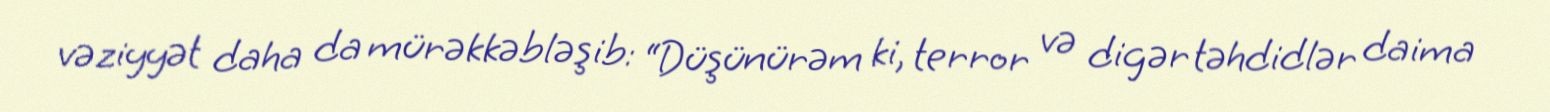
vəziyyət daha da mürəkkəbləşib: “Düşünürəm ki, terror və digər təhdidlər daima